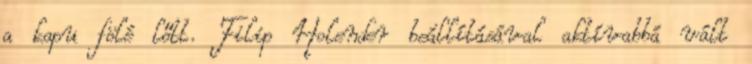
a kapu fölé lőtt. Filip Holender beállításával aktívabbá vált